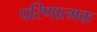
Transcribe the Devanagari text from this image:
परिणात्मक